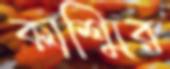
কাশ্মির